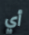
أي